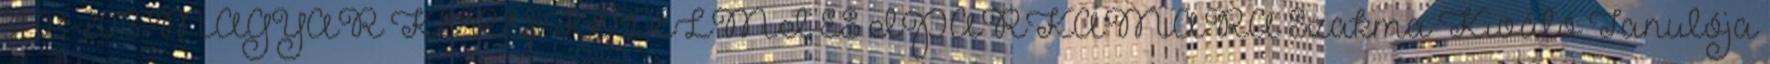
31 03-2013 MAGYAR KERESKEDELMI ÉS IPARKAMARA Szakma Kiváló Tanulója